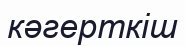
кәгерткіш